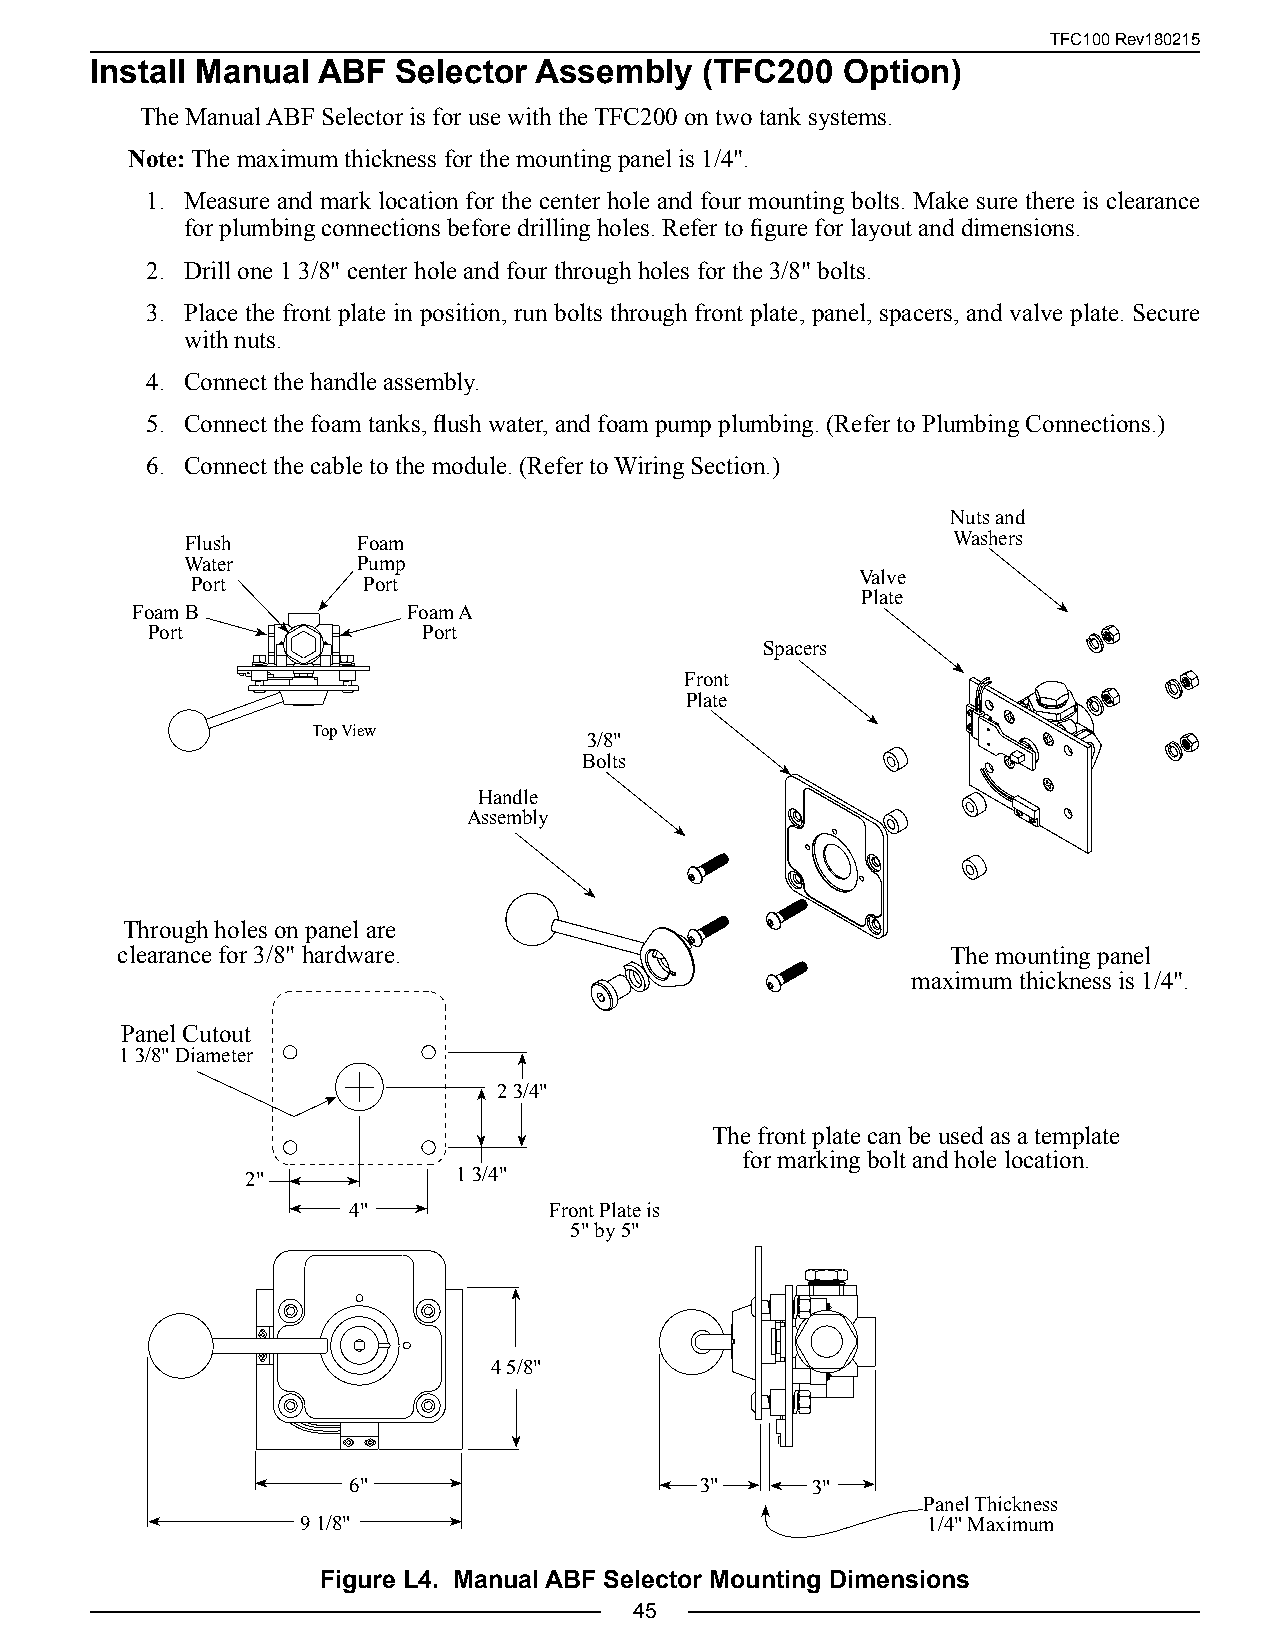
TFC100 Rev180215
 Install Manual ABF  Selector Assembly    (TFC200  Option)
 The Manual ABF Selector is for use with the TFC200 on two tank systems.
 Note: The maximum thickness for the mounting panel is 1/4".
 1. Measure and mark location for the center hole and four mounting bolts. Make sure there is clearance
 for plumbing connections before drilling holes. Refer to figure for layout and dimensions.
 2. Drill one 1 3/8" center hole and four through holes for the 3/8" bolts.
 3. Place the front plate in position, run bolts through front plate, panel, spacers, and valve plate. Secure
 with nuts.
 4. Connect the handle assembly.
 5. Connect the foam tanks, flush water, and foam pump plumbing. (Refer to Plumbing Connections.)
 6. Connect the cable to the module. (Refer to Wiring Section.)
 Nuts and
 Flush       Foam                                   Washers
 Water       Pump
 Valve
 Port       Port
 Plate
 Foam B            Foam A
 Port              Port
 Spacers
 Front
 Plate
 Top View
 3/8"
 Bolts
 Handle
 Assembly
 Through holes on panel are
 clearance for 3/8" hardware.                           The mounting panel
 maximum thickness is 1/4".
 Panel Cutout
 1 3/8" Diameter
 2 3/4"
 The front plate can be used as a template
 for marking bolt and hole location.
 2"            1 3/4"
 4"           Front Plate is
 5" by 5"
 4 5/8"
 6"                     3"      3"
 Panel Thickness
 9 1/8"                                   1/4" Maximum
 Figure L4. Manual ABF Selector Mounting Dimensions
 45